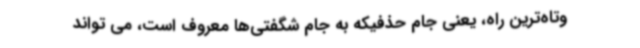
وتاه‌ترین راه، یعنی جام حذفیکه به جام شگفتی‌ها معروف است، می تواند